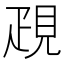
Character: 𧠣